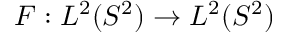
F : L ^ { 2 } ( S ^ { 2 } ) \rightarrow L ^ { 2 } ( S ^ { 2 } )